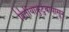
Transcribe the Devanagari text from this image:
द्वितीयाकुटुंबापासून